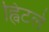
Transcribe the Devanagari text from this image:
ह्विटले